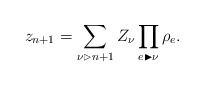
LaTeX: \begin{align*} z_{n+1}= \sum_{\nu \vartriangleright n+1} Z_\nu \prod_{e \blacktriangleright \nu} \rho_e .\end{align*}